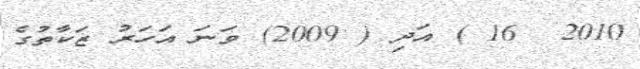
2010  16 ) އަދި ( 2009) ވަނަ އަހަރު ޒަކާތުގެ